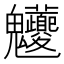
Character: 𩵊